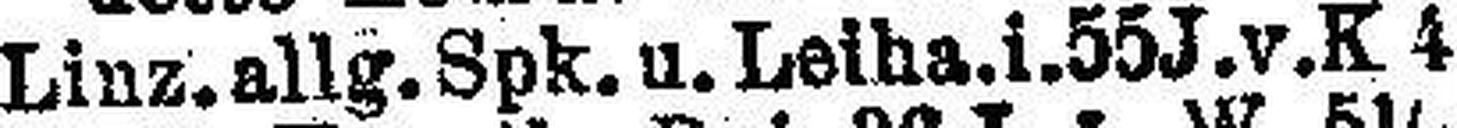
Linz. allg. Spk. u. Leiha. i. 55J. v. K 4